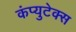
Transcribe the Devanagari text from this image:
कंप्युटेक्स